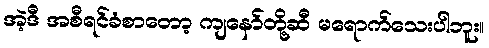
အဲ့ဒီ အစီရင်ခံစာတော့ ကျနော်တို့ဆီ မရောက်သေးပါဘူး။